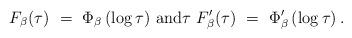
LaTeX: \begin{align*}F_\beta(\tau) \,\,=\,\, \Phi_\beta\left( \log \tau \right) \, \hbox{and} \tau\,\, F_\beta'(\tau) \,\,=\,\, {\Phi_\beta'\left(\log \tau \right)} \, . \end{align*}